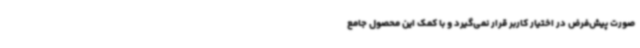
صورت پیش‌فرض در اختیار کاربر قرار نمی‌گیرد و با کمک این محصول جامع